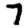
Digit: 7